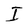
Character: I